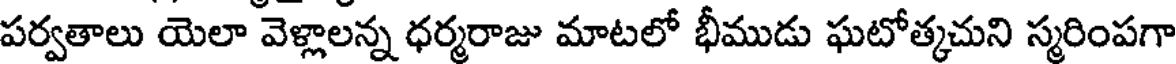
పర్వతాలు యెలా వెళ్లాలన్న ధర్మరాజు మాటలో భీముడు ఘటోత్కచుని స్మరింపగా